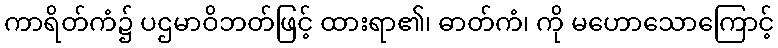
ကာရိတ်ကံ၌ ပဌမာဝိဘတ်ဖြင့် ထားရာ၏၊ ဓာတ်ကံ၊ ကို မဟောသောကြောင့်